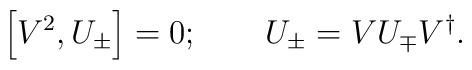
\left[ V^{2},U_{\pm }\right] =0;\qquad U_{\pm }=VU_{\mp }V^{\dagger }.